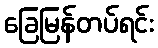
ခြေမြန်တပ်ရင်း